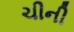
ચીની